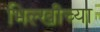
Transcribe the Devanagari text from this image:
भिल्खीच्या